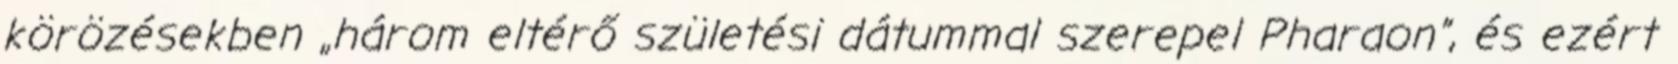
körözésekben „három eltérő születési dátummal szerepel Pharaon”, és ezért